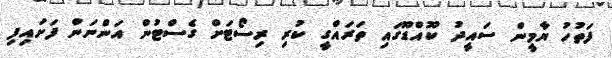
ފަތުހު ޔާމީން ސައީދު ކޫއްޑޫގައި ތަރައްގީ ކުރި ރިސޯޓަށް ގެސްޓުން އަންނަން ފަށައިފި